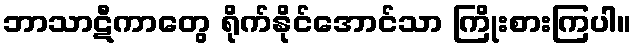
ဘာသာဋီကာတွေ ရိုက်နိုင်အောင်သာ ကြိုးစားကြပါ။